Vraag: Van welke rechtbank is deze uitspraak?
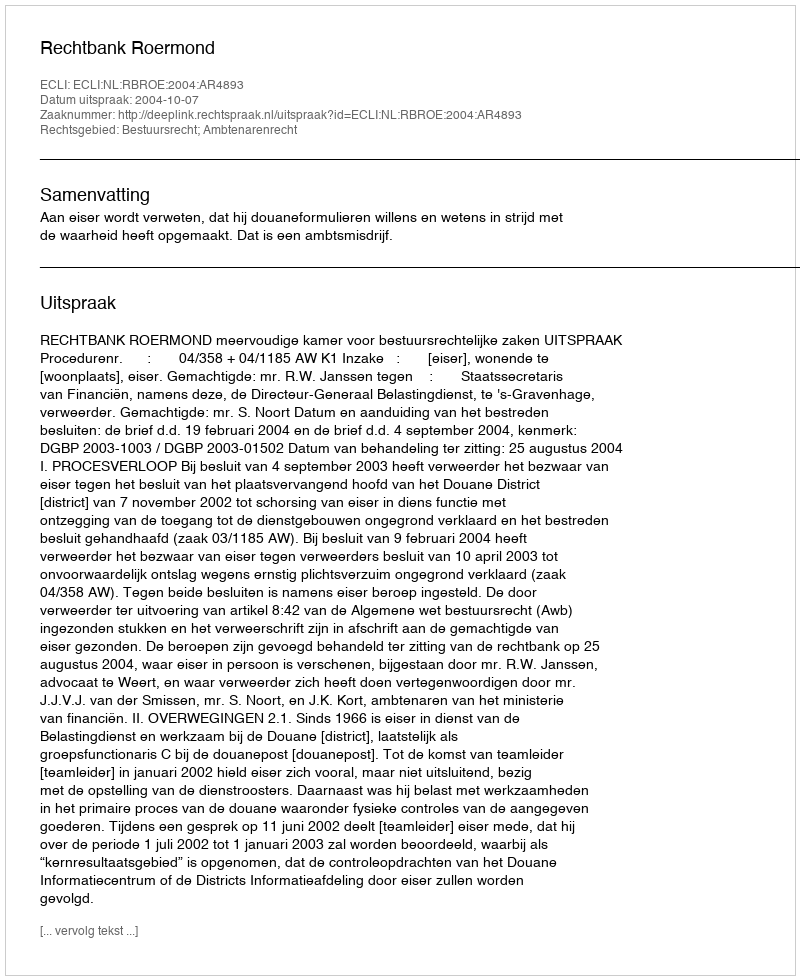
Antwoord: Rechtbank Roermond